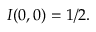
I ( 0 , 0 ) = 1 / 2 .